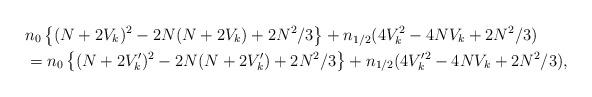
LaTeX: \begin{align*}&n_0\left\{(N+2V_k)^2-2N(N+2V_k)+2N^2/3\right\}+n_{1/2}(4V_k^2-4NV_k+2N^2/3)\\&=n_0\left\{(N+2V_k')^2-2N(N+2V_k')+2N^2/3\right\}+n_{1/2}(4V_k'^2-4NV_k+2N^2/3),\end{align*}